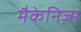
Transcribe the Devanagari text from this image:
मैकेनिज़्म